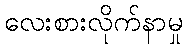
လေးစားလိုက်နာမှု